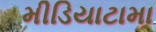
મીડિયાટામા